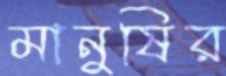
মানুষির